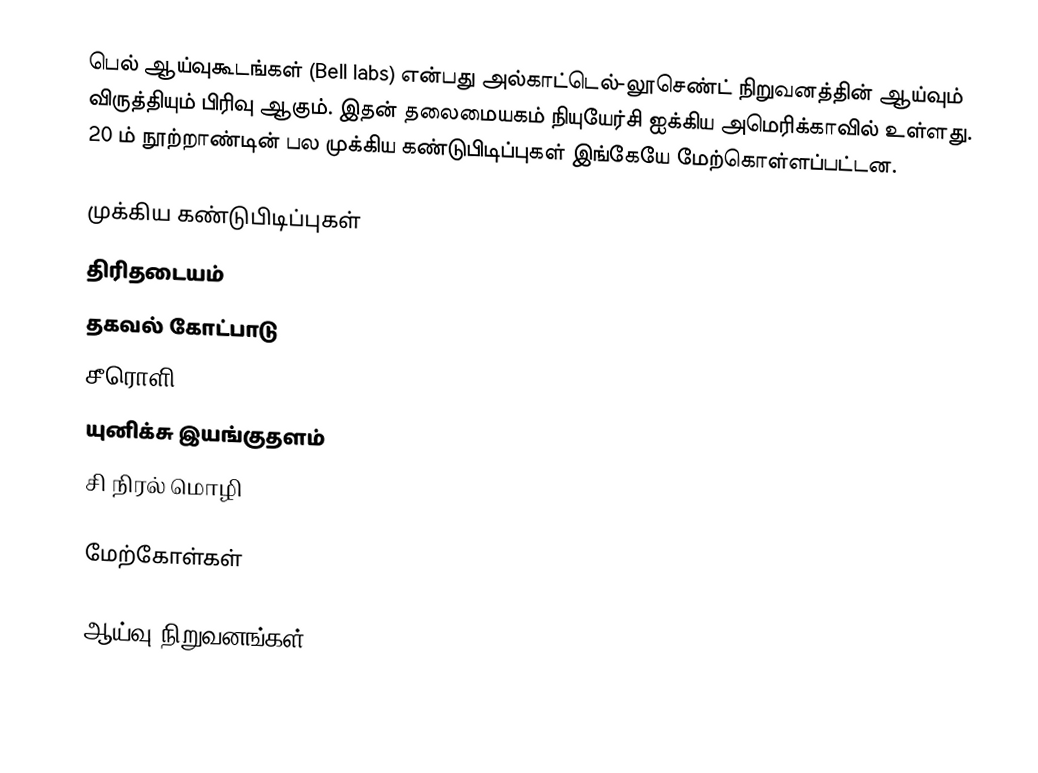
பெல் ஆய்வுகூடங்கள் (Bell labs) என்பது அல்காட்டெல்-லூசெண்ட் நிறுவனத்தின் ஆய்வும் விருத்தியும் பிரிவு ஆகும். இதன் தலைமையகம் நியுயேர்சி ஐக்கிய அமெரிக்காவில் உள்ளது. 20 ம் நூற்றாண்டின் பல முக்கிய கண்டுபிடிப்புகள் இங்கேயே மேற்கொள்ளப்பட்டன.

முக்கிய கண்டுபிடிப்புகள்
 திரிதடையம்
 தகவல் கோட்பாடு
 சீரொளி
 யுனிக்சு இயங்குதளம்
 சி நிரல் மொழி

மேற்கோள்கள்

ஆய்வு நிறுவனங்கள்